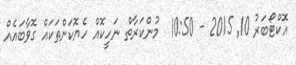
އޮކްޓޯބަރު 10